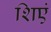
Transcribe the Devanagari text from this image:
शिएं